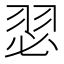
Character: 𮶊